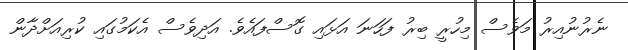
ނެރުނުއިރު މަވެސް މިހުރީ ބިރު ފަހަނަ އަޅައި ގޮސްފައެވެ. އަދިވެސް އެކަމުގައި ކުރިއަށްދާން